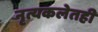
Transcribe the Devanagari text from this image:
नृत्यकलेतही